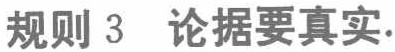
规则 3  论据要真实.